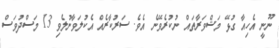
ނޫނީ އެހިއާ ގުޅޭ މަޝްވަރާތައް ނުކުރެވޭނެ އެވެ. ސަރުކާރެއް އެކުލަވާނުލެވި 13 މަސްދުވަސް